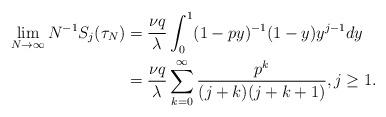
LaTeX: \begin{align*} \lim_{N \to \infty} N^{-1} S_j(\tau_N) &= \frac{\nu q}{\lambda} \int_0^1 (1-py)^{-1} (1-y) y^{j-1} dy \\ &= \frac{\nu q}{\lambda} \sum_{k=0}^\infty \frac{p^k}{(j+k)(j+k+1)}, j\geq 1. \end{align*}